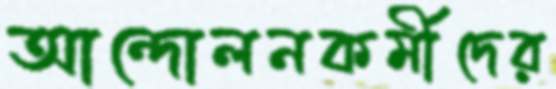
আন্দোলনকর্মীদের